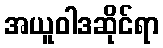
အယူဝါဒဆိုင်ရာ